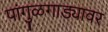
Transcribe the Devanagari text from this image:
पांगुळगाड्यावर